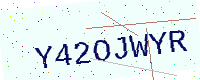
Text: Y42OJWYR